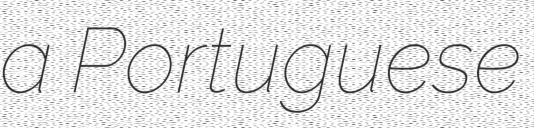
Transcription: a Portuguese